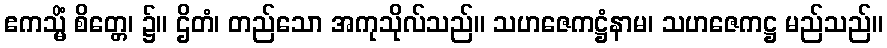
ဧကသ္မိံ စိတ္တေ၊ ၌။ ဌိတံ၊ တည်သော အကုသိုလ်သည်။ သဟဇေကဋ္ဌံနာမ၊ သဟဇေကဋ္ဌ မည်သည်။